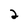
Character: 2